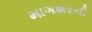
માગશરની